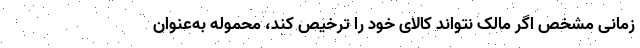
زمانی مشخص اگر مالک نتواند کالای خود را ترخیص کند، محموله به‌عنوان